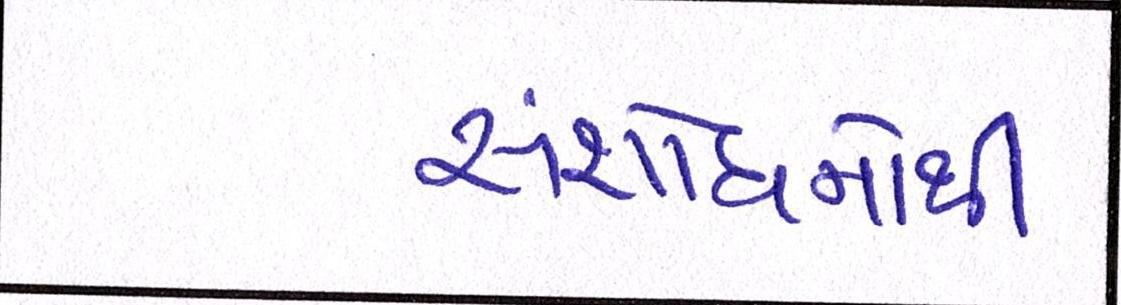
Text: સંશોધનોથી